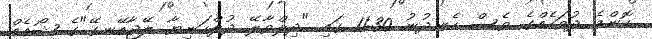
ކޮންމެ ދުވަހެއްގެ ވެސް ހެނދުނު 11:30 ގައި "ދިލްވާލޭ ދުލްހަނިޔާ ލޭޖާއޭނގޭ"ގެ ޝޯއެއް